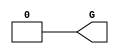
// This program was cloned from: https://github.com/Xilinx/XilinxUnisimLibrary
// License: Apache License 2.0

///////////////////////////////////////////////////////////////////////////////
//    Copyright (c) 1995/2009 Xilinx, Inc.
// 
//    Licensed under the Apache License, Version 2.0 (the "License");
//    you may not use this file except in compliance with the License.
//    You may obtain a copy of the License at
// 
//        http://www.apache.org/licenses/LICENSE-2.0
// 
//    Unless required by applicable law or agreed to in writing, software
//    distributed under the License is distributed on an "AS IS" BASIS,
//    WITHOUT WARRANTIES OR CONDITIONS OF ANY KIND, either express or implied.
//    See the License for the specific language governing permissions and
//    limitations under the License.
///////////////////////////////////////////////////////////////////////////////
//   ____  ____
//  /   /\/   /
// /___/  \  /    Vendor : Xilinx
// \   \   \/     Version : 10.1
//  \   \         Description : Xilinx Functional Simulation Library Component
//  /   /                  GND Connection
// /___/   /\     Filename : GND.v
// \   \  /  \    Timestamp : Thu Mar 25 16:42:19 PST 2004
//  \___\/\___\
//
// Revision:
//    03/23/04 - Initial version.
//    05/23/07 - Changed timescale to 1 ps / 1 ps.

`timescale  1 ps / 1 ps


`celldefine

module GND(G);


`ifdef XIL_TIMING

    parameter LOC = "UNPLACED";

`endif

    output G;

    assign G = 1'b0;

endmodule

`endcelldefine